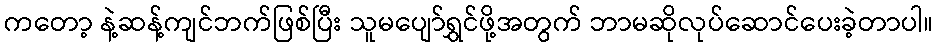
ကတော့ နဲ့ဆန့်ကျင်ဘက်ဖြစ်ပြီး သူမပျော်ရွှင်ဖို့အတွက် ဘာမဆိုလုပ်ဆောင်ပေးခဲ့တာပါ။